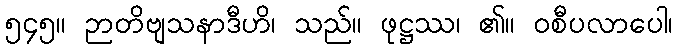
၅၄၅။ ဉာတိဗျသနာဒီဟိ၊ သည်။ ဖုဋ္ဌဿ၊ ၏။ ဝစီပလာပေါ၊